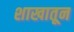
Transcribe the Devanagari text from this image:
शाखातून